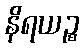
နိရယဉ္စ